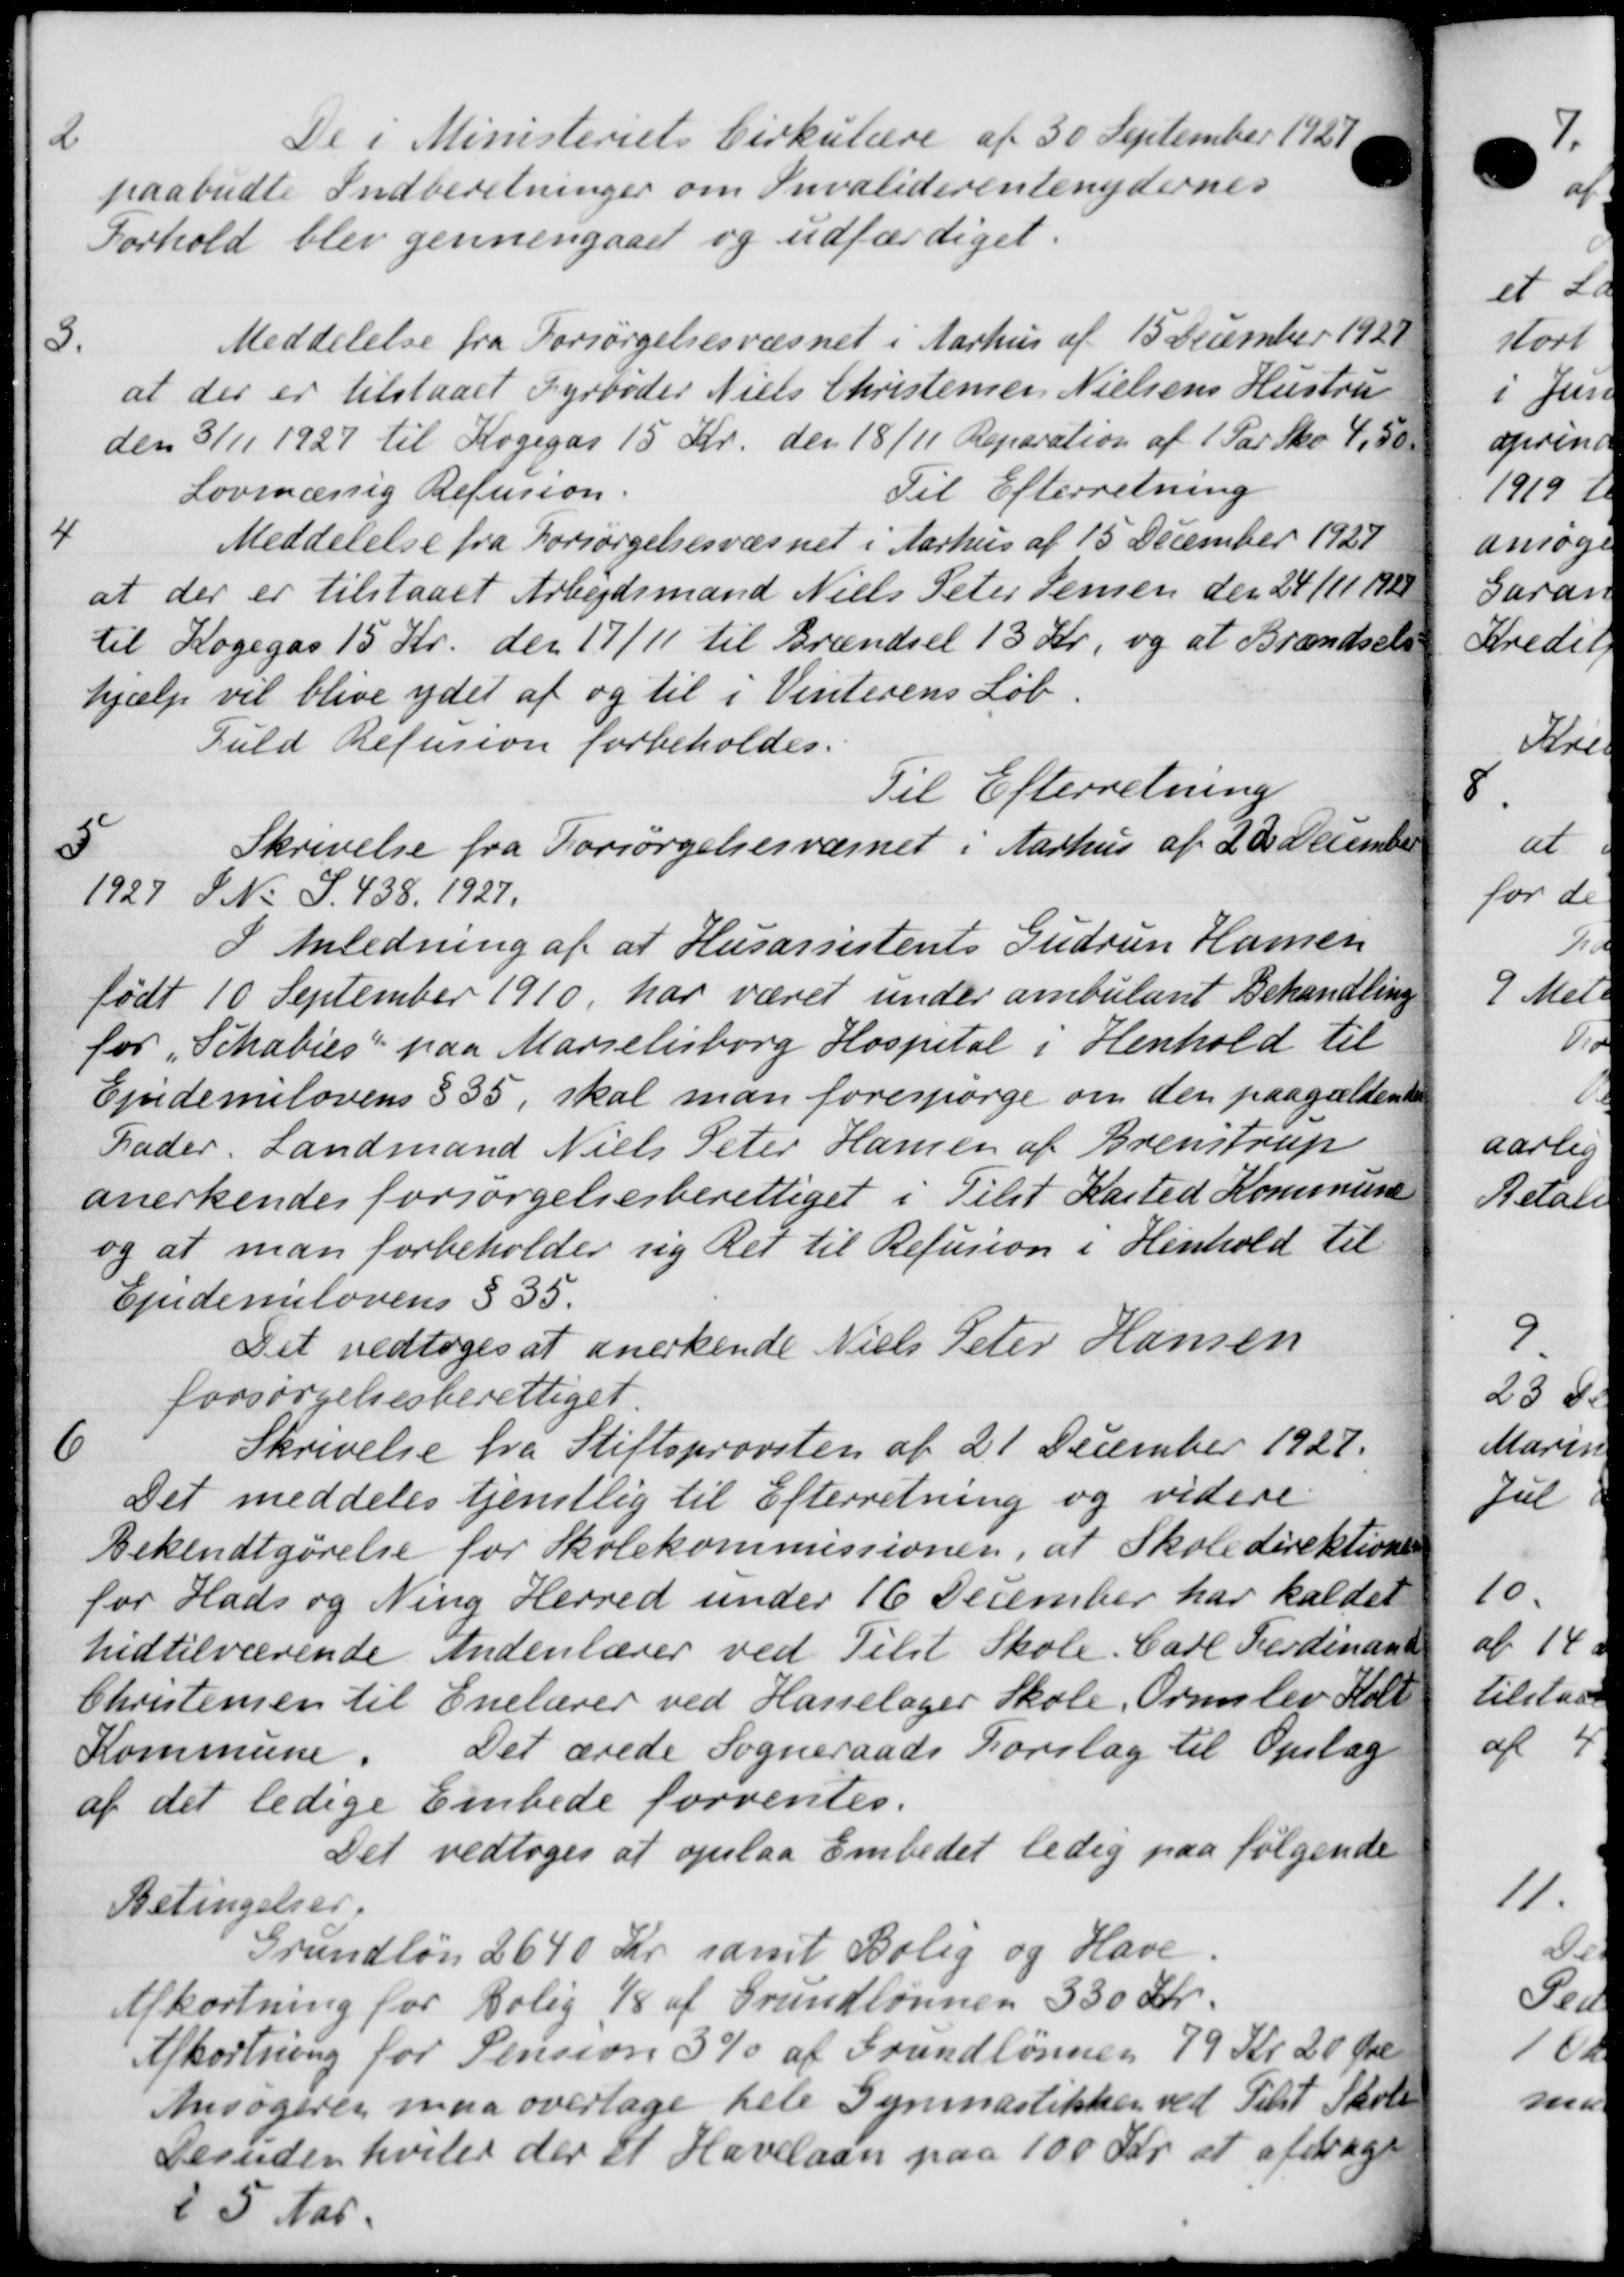
Transskription:
2
De i Ministeriets Cirkulære af 30 September 1927.
paabudte Indberetninger om Invaliderentenydernes
Forhold blev gennemgaaet og udfærdiget.
3
Meddelelse fra Forsørgelsesvæsnet i Aarhus af 15 December 1921
at der er tilstaaet Fyrbøder Niels Christensen Nielsens Hustru
den 3/11 1927 til Kogegas 15 Kr. den 18/11 Reparation af 1 Par Sko 4,50
Til Efterretning
Lovmæssig Refusion.
4
Meddelelse fra Forsørgelsesvæsnet i Aarhus af 15 December 1927
at der er tilstaaet Arbejdsmand Niels Peter Jensen den 24/11 1928
til Kogegas 15 Kr. den 17/11 til Brændsel 13 Kr, og at Brændsels
hjælp vil blive ydet af og til i Vinterens Løb.
Fuld Refusion forbeholdes.
Til Efterretning
5
Skrivelse fra Forsørgelsesværnet i Aarhus af 20 December
1927 S. N. S. 438. 1927.
I Anledning af at Husassistents Gudrun Hansen
født 10 September 1910, har været under ambulant Behandling
for „Schalies paa Marielisborg Hospital i Henhold til
Ejndemilovens § 35, skal man forespørge om den paagældende
Fader. Landmand Niels Peter Hansen af Brenstrup
anerkendes forsørgelsesberettiget i Tilst Kasted Kommune
og at man forbeholder sig Ret til Refusion i Henhold til
Ejndemilovens § 35.
Det vedtoges at anerkende Niels Peter Hansen
forsørgelsesberettiget.
6
Skrivelse fra Stiftsprovsten af 21 December 1927.
Det meddeles tjenstlig til Efterretning og videre.
Bekendtgørelse for Skolekommissionen, at Skoledirektionen
for Hads og Ning Herred under 16 December har kaldet
hidtilværende Andenlærer ved Tilst Skole. Carl Ferdinand
Christensen til Enelærer ved Hasselager Skole, Ormslev Koll
Kommune.
Det ærede Sogneraads Forslag til Opslag
af det ledige Embede forventes.
Det vedtoges at opslaa Embedet ledig paa følgende
Betingelser.
Grundløn 2640 Kr. samt Bolig og Have
Afkortning for Bolig 1/8 af Grundlønnen 330 Kr.
Afkortning for Pension 3 % af Grundlønnen 79 Kr. 20 Øre
Ansøgeres maa overtage hele Gymnastikken ved Tilst Skole
Desuden hviler der et Havelaan paa 100 Kr. at afdrage
i 5 Aar.